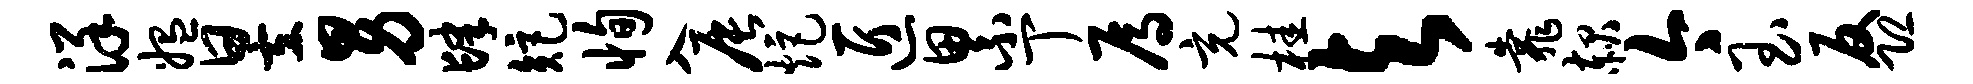
详媪昱男肆矩恂入辰炬匠累丁焉充桂与靠赧今玉反恐